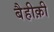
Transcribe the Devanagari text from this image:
बैहीक़ी